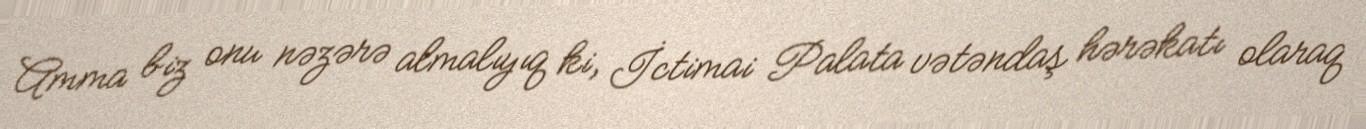
Amma biz onu nəzərə almalıyıq ki, İctimai Palata vətəndaş hərəkatı olaraq